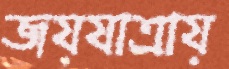
জয়যাত্রায়